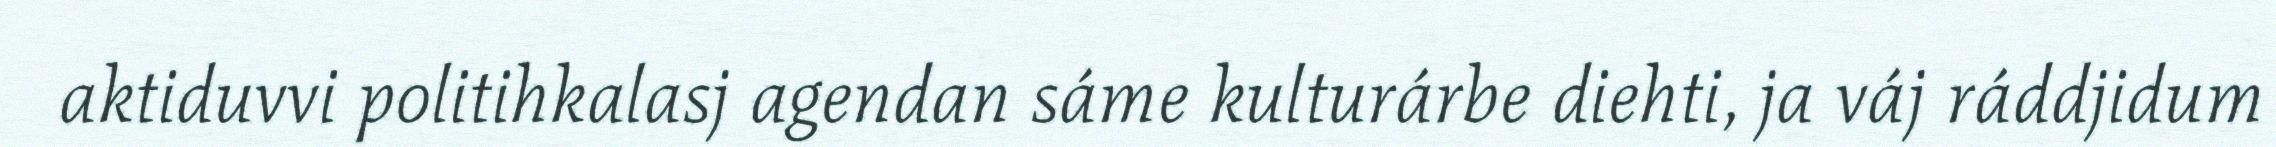
aktiduvvi politihkalasj agendan sáme kulturárbe diehti, ja váj ráddjidum